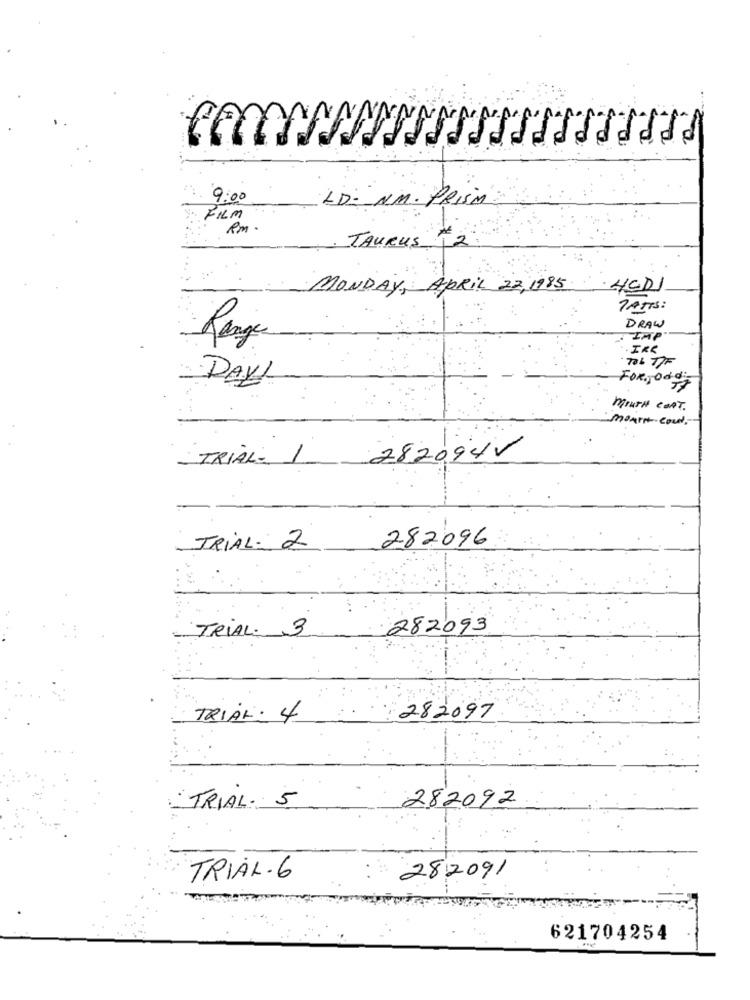
9: 00
LD: NM. PRISM
FILM
Rm
TAURUS #2
MONDAY, APRIL 22, 1985
HCDI
7 ATTS :
DRAW
Range
IMP
.IRK
TOL TIF
DAY1
FORJody
MOUTH CONT.
mount could.
TRIAL- 1
2820941
282096
TRIAL- 2
TRIAL. 3
282093
TRIAL: 4
282097
TRIAL. 5
282092
TRIAL. 6
282091
621704254